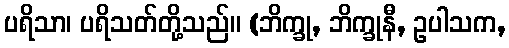
ပရိသာ၊ ပရိသတ်တို့သည်။ (ဘိက္ခု, ဘိက္ခုနီ, ဥပါသက,